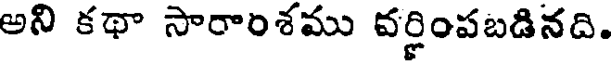
అని కథా సారాంశము వర్ణింపబడినది.